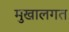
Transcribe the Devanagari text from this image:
मुखालगत